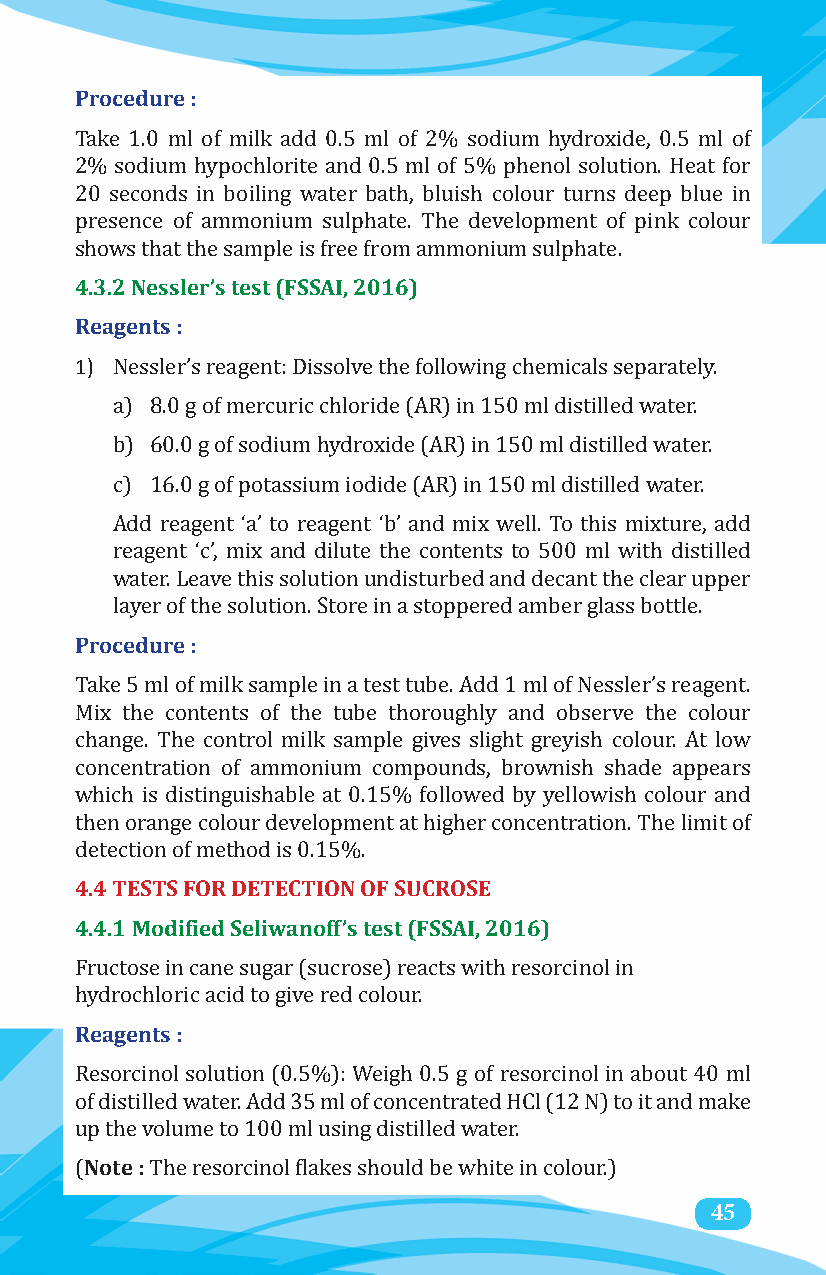
Procedure :
 Take 1.0 ml of milk add 0.5 ml of 2% sodium hydroxide, 0.5 ml of
 2% sodium hypochlorite and 0.5 ml of 5% phenol solution. Heat for
 20 seconds in boiling water bath, bluish colour turns deep blue in
 presence of ammonium sulphate. The development of pink colour
 4.3.2 Nessler’s test (FSSAI, 2016)
 shows that the sample is free from ammonium sulphate.
 Reagents :
 1)
 Nessler’s reagent: Dissolve the following chemicals separately.
 a) 8.0 g of mercuric chloride (AR) in 150 ml distilled water.
 b) 60.0 g of sodium hydroxide (AR) in 150 ml distilled water.
 c) 16.0 g of potassium iodide (AR) in 150 ml distilled water.
 Add reagent ‘a’ to reagent ‘b’ and mix well. To this mixture, add
 reagent ‘c’, mix and dilute the contents to 500 ml with distilled
 water. Leave this solution undisturbed and decant the clear upper
 Procedure :
 layer of the solution. Store in a stoppered amber glass bottle.
 Take 5 ml of milk sample in a test tube. Add 1 ml of Nessler’s reagent.
 Mix the contents of the tube thoroughly and observe the colour
 change. The control milk sample gives slight greyish colour. At low
 concentration of ammonium compounds, brownish shade appears
 which is distinguishable at 0.15% followed by yellowish colour and
 then orange colour development at higher concentration. The limit of
 4.4 TESTS FOR DETECTION OF SUCROSE
 detection of method is 0.15%.
 4.4.1 Modified Seliwanoff’s test (FSSAI, 2016)
 Fructose in cane sugar (sucrose) reacts with resorcinol in
 Reagents :
 hydrochloric acid to give red colour.
 Resorcinol solution (0.5%): Weigh 0.5 g of resorcinol in about 40 ml
 of distilled water. Add 35 ml of concentrated HCl (12 N) to it and make
 Note :
 up the volume to 100 ml using distilled water.
 (    The resorcinol flakes should be white in colour.) 45